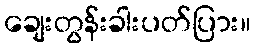
ချေးတွန်းခါးပတ်ပြား။